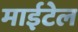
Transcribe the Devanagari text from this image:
माईटेल